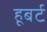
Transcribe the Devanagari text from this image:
हूबर्ट